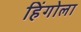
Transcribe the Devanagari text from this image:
हिंगोला